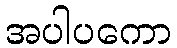
အပါပကော